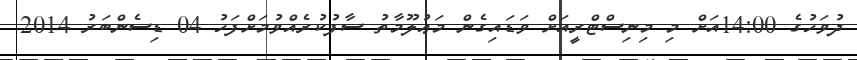
ދުވަހުގެ 14:00އަށް މި މިނިސްޓްރީއަށް ވަޑައިގެން މަޢުލޫމާތު ސާފުކުރެއްވުމަށްފަހު 04 ޑިސެންބަރު 2014